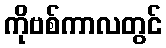
ကိုဗစ်ကာလတွင်